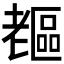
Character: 𦓇